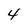
Character: 4